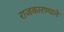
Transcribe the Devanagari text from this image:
राजकारण्याने